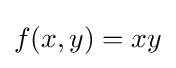
f(x,y)=xy